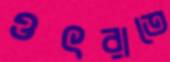
ওৎরাতে